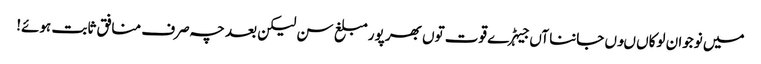
میں نوجوان لوکاں ںوں جاننا آں جیہڑے قوت توں بھر پور مبلغ سن لیکن بعد چہ صرف منافق ثابت ہوئے!